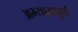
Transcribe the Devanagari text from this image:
अभ्यासपुर्ण